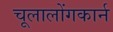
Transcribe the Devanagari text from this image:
चूलालोंगकार्न